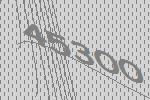
45300